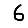
Digit: 6